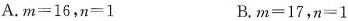
A.$$m = 1 6$$，$$n = 1$$ B.$$m = 1 7$$，$$n = 1$$